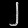
Digit: ၂